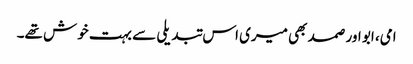
امی، ابو اور صمد بھی میری اس تبدیلی سے بہت خوش تھے۔